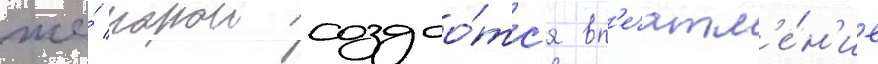
же́ порои создао́тс'я вп'ечатл'е́н'ие